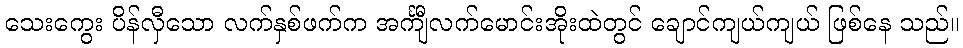
သေးကွေး ပိန်လှီသော လက်နှစ်ဖက်က အင်္ကျီလက်မောင်းအိုးထဲတွင် ချောင်ကျယ်ကျယ် ဖြစ်နေ သည်။